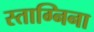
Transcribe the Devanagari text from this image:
स्ताग्निना